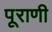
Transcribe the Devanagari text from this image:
पूराणी